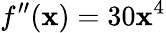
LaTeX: f^{\prime\prime}(\mathbf{x})=30\mathbf{x}^{4}